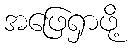
အဖြေရှာဖို့